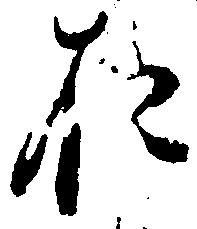
お